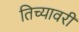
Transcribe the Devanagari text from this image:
तिच्यावरी